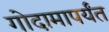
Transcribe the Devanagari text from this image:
गोदामापर्यंत